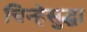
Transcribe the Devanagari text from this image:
चिन्हेसुद्धा